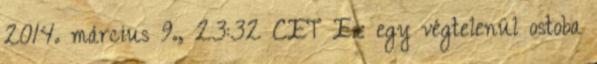
2014. március 9., 23:32 CET Ez egy végtelenül ostoba